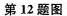
第12题图